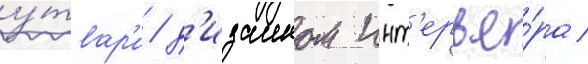
у́твар'и / д'изаином инт'ерье́ра